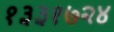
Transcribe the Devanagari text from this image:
१३३१७२४